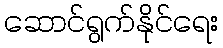
ဆောင်ရွက်နိုင်ရေး